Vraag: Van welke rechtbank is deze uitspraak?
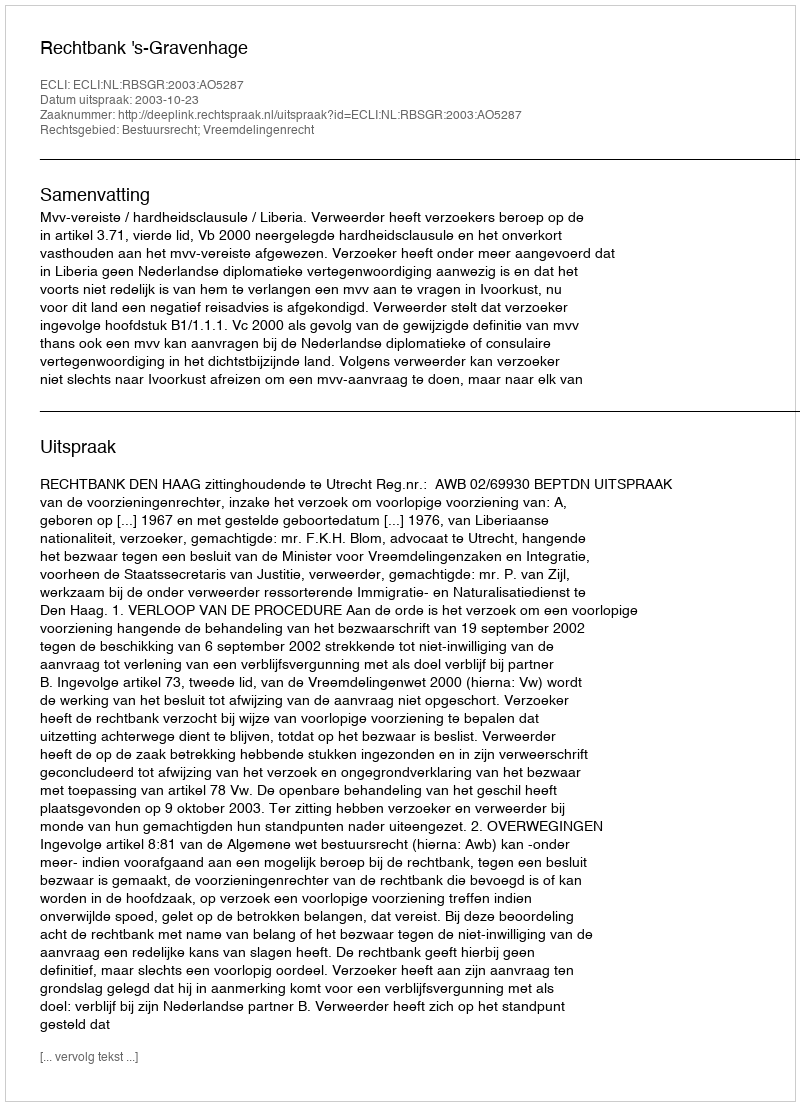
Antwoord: Rechtbank 's-Gravenhage